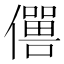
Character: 𠐠